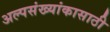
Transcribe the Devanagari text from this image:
अल्पसंख्यांकासाठी